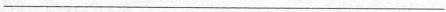
___